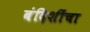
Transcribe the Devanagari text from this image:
बंदिशींचा